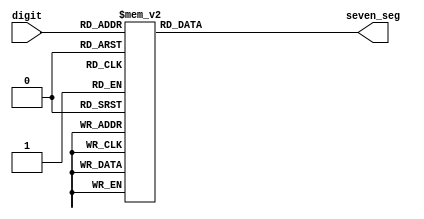
`timescale 1ns / 1ps
//////////////////////////////////////////////////////////////////////////////////
// Company: 
// Engineer: 
// 
// Design Name: 
// Module Name: display
// Project Name: 
// Target Devices: 
// Tool Versions: 
// Description: 
// 
// Dependencies: 
// 
// Revision:
// Revision 0.01 - File Created
// Additional Comments:
// 
//////////////////////////////////////////////////////////////////////////////////


module display(
    input       [3:0] digit,
    output reg  [6:0] seven_seg
   
    );
 
    parameter zero      = 7'b100_0000;
    parameter one       = 7'b111_1001;
    parameter two       = 7'b010_0100;
    parameter three     = 7'b011_0000;
    parameter four      = 7'b001_1001;
    parameter five      = 7'b001_0010;
    parameter six       = 7'b000_0010;
    parameter seven     = 7'b111_1000;
    parameter eight     = 7'b000_0000;
    parameter nine      = 7'b001_0000;
 
    always @ (digit)
        case (digit)
            0: seven_seg = zero;
            1: seven_seg = one;
            2: seven_seg = two;
            3: seven_seg = three;
            4: seven_seg = four;
            5: seven_seg = five;
            6: seven_seg = six;
            7: seven_seg = seven;
            8: seven_seg = eight;
            9: seven_seg = nine;
            default: seven_seg = zero;
        endcase
endmodule